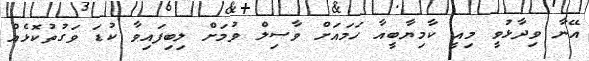
އޭނާ ވިދާޅުވީ މިއީ ކާމިޔާބީއާ ހަމައަށް ވާސިލް ވުމަށް ލިބިފައިވާ ކުޑަ ވަގުތުކޮޅެއް